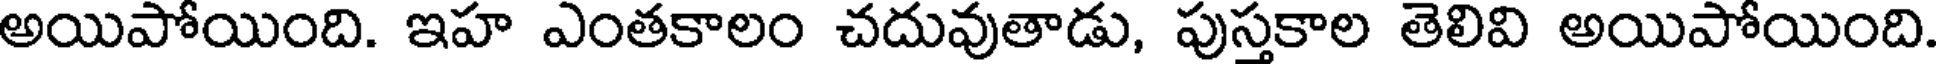
అయిపోయింది. ఇహ ఎంతకాలం చదువుతాడు, పుస్తకాల తెలివి అయిపోయింది